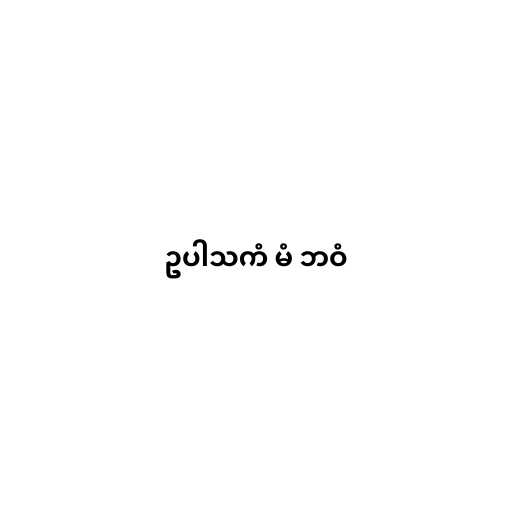
ဥပါသကံ မံ ဘဝံ